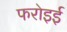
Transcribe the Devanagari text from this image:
फरोइई